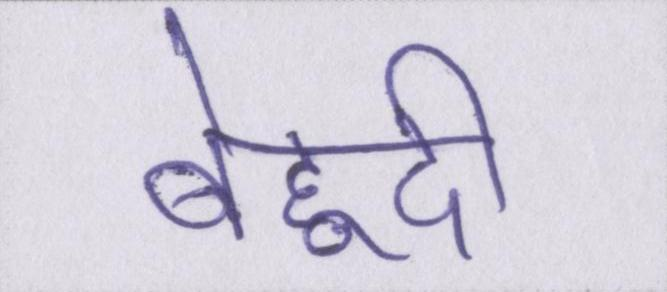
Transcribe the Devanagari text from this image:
बेहूदी